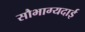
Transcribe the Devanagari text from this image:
सौभाग्यदाई